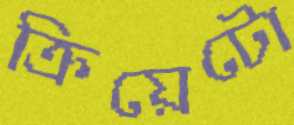
ক্রিয়েটো